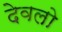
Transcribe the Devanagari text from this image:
देवलो